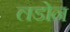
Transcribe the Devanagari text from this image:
लडोन